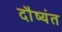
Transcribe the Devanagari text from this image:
दौष्यंत